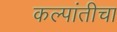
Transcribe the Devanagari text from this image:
कल्पांतीचा